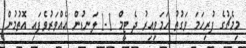
މިމެޗުގެ ފުރިހަމަ ވަގުތު ހަމަވިއިރު ދެ ޓީމް 1-1 ލަނޑުން އެއްވަރުވެފައި އޮތުމުން